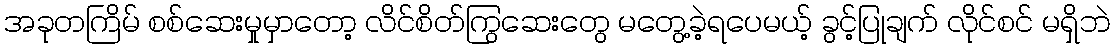
အခုတကြိမ် စစ်ဆေးမှုမှာတော့ လိင်စိတ်ကြွဆေးတွေ မတွေ့ခဲ့ရပေမယ့် ခွင့်ပြုချက် လိုင်စင် မရှိဘဲ